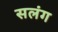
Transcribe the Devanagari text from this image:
सलंग